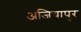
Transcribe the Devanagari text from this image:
अजियापुर